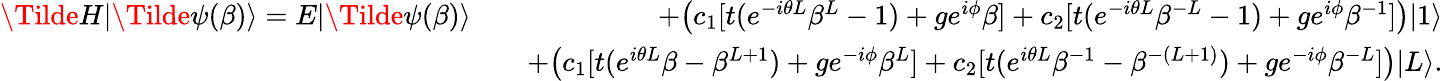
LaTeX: \begin{array}{rlr}{\Tilde{H}|\Tilde{\psi}(\beta)\rangle=E|\Tilde{\psi}(\beta)\rangle}&{}&{+\big(c_{1}[t(e^{-i\theta L}\beta^{L}-1)+ge^{i\phi}\beta]+c_{2}[t(e^{-i\theta L}\beta^{-L}-1)+ge^{i\phi}\beta^{-1}]\big)|1\rangle}\\ &{}&{+\big(c_{1}[t(e^{i\theta L}\beta-\beta^{L+1})+ge^{-i\phi}\beta^{L}]+c_{2}[t(e^{i\theta L}\beta^{-1}-\beta^{-(L+1)})+ge^{-i\phi}\beta^{-L}]\big)|L\rangle.}\end{array}